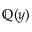
\mathbb { Q } ( y )